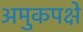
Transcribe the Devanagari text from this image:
अमुकपक्षे